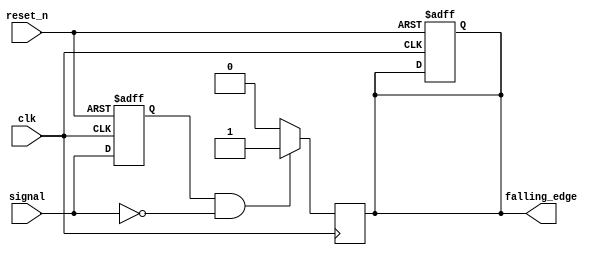
module falling_edge_detector (
    input wire clk,            // System clock
    input wire reset_n,       // Asynchronous active-low reset
    input wire signal,        // Input signal to detect falling edge
    output reg falling_edge    // Output pulse indicating falling edge detection
);

    reg signal_d;  // D flip-flop to store the previous state of the input signal

    always @(posedge clk or negedge reset_n) begin
        if (!reset_n) begin
            signal_d <= 1'b0; // Initialize flip-flop to known state
            falling_edge <= 1'b0; // Initialize output to low
        end else begin
            signal_d <= signal; // Capture current state of signal
        end
    end

    // Falling edge detection logic
    always @(posedge clk) begin
        if (signal_d == 1'b1 && signal == 1'b0) begin
            falling_edge <= 1'b1; // Detect falling edge
        end else begin
            falling_edge <= 1'b0; // Reset pulse
        end
    end

endmodule